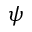
\psi